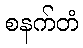
စနက်တံ